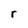
Character: r